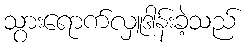
သွားရောက်လှူဒါန်းခဲ့သည်